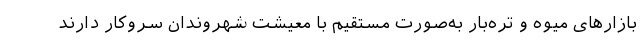
بازارهای میوه و تره‌بار به‌صورت مستقیم با معیشت شهروندان سروکار دارند